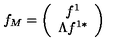
f _ { M } = \left( \begin{array} { c } { f ^ { 1 } } \\ { \Lambda f ^ { 1 * } } \\ \end{array} \right)